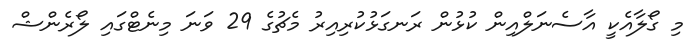
މި ގޯލާއެކީ އާސެނަލްއިން ކުޅުން ރަނގަޅުކުރިއިރު މެޗުގެ 29 ވަނަ މިނެޓްގައި ލޯރެންޝް